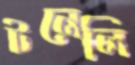
টনেলি